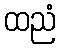
ထညံ